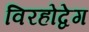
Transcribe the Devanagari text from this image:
विरहोद्वेग